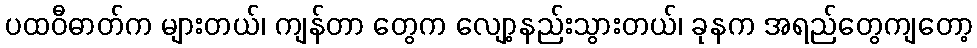
ပထဝီဓာတ်က များတယ်၊ ကျန်တာ တွေက လျော့နည်းသွားတယ်၊ ခုနက အရည်တွေကျတော့